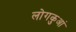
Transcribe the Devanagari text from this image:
लोगकुआं